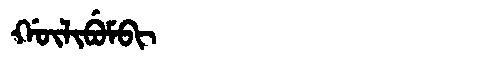
Manchu: ᡤᡡᠯᡳᠪᡠᠮᠪᡳ
Romanization: GŪLIBUMBI